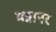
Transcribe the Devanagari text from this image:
मन्नानर